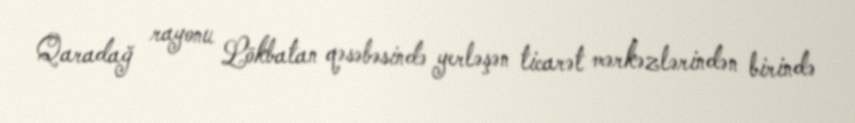
Qaradağ rayonu Lökbatan qəsəbəsində yerləşən ticarət mərkəzlərindən birində